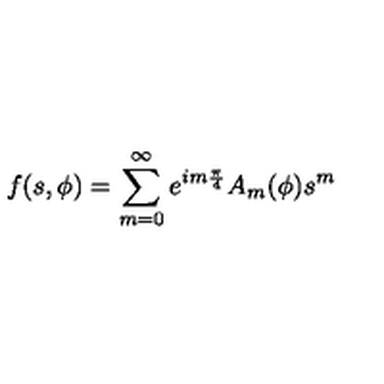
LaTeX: f ( s , \phi ) = \sum _ { m = 0 } ^ { \infty } e ^ { i m { \frac { \pi } { 4 } } } A _ { m } ( \phi ) s ^ { m }